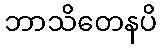
ဘာသိတေနပိ